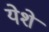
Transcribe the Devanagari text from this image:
येशे